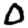
Digit: 0